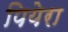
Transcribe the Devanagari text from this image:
पियेरा